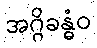
အဂ္ဂိခန္ဓံဝ